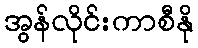
အွန်လိုင်းကာစီနို